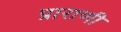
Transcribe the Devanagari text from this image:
प्राराणी